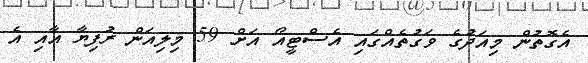
އެގޮތުން މިއަދުގެ ވަގުތެއްގައި އެސްޓީއޯ އަށް 59 މިލިއަން ރުފިޔާ އާއި އެ